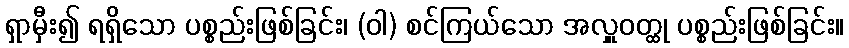
ရှာမှီး၍ ရရှိသော ပစ္စည်းဖြစ်ခြင်း၊ (ဝါ) စင်ကြယ်သော အလှူဝတ္ထု ပစ္စည်းဖြစ်ခြင်း။